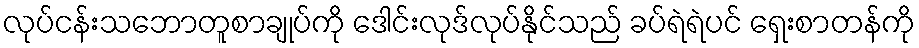
လုပ်ငန်းသဘောတူစာချုပ်ကို ဒေါင်းလုဒ်လုပ်နိုင်သည် ခပ်ရဲရဲပင် ရှေးစာတန်ကို